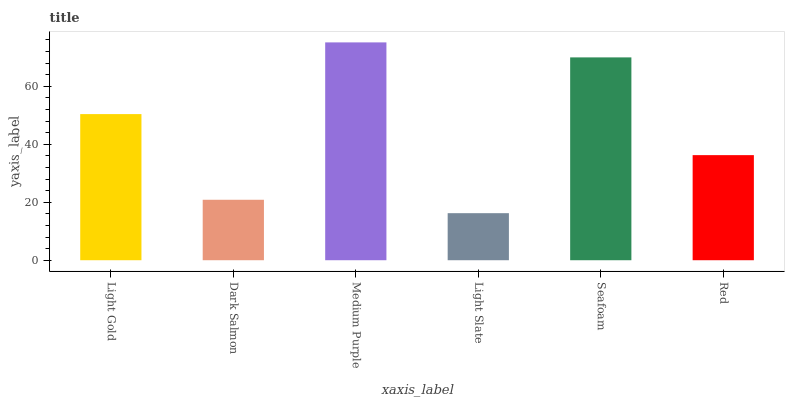
| xaxis_label | bars |
 | --- | --- |
 | Light Gold | 50.4 |
 | Dark Salmon | 20.8 |
 | Medium Purple | 75.1 |
 | Light Slate | 16.2 |
 | Seafoam | 69.9 |
 | Red | 36.2 |